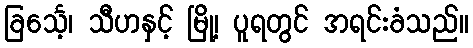
ခြင်္သေ့၊ သီဟနှင့် မြို့၊ ပူရတွင် အရင်းခံသည်။